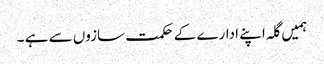
ہمیں گلہ اپنے ادارے کے حکمت سازوں سے ہے ۔